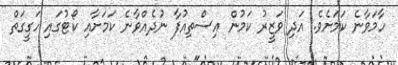
ހާމަވާނެ ކަަމަށެވެ. އަދި ވަޒީރު ކަމުން އިސްތިއުފާ ނުދެއްވާނެ ކަމަށާއި ކޯޓުގައި ހަގީގަތް